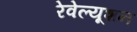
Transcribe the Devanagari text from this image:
रेवेल्यूशन